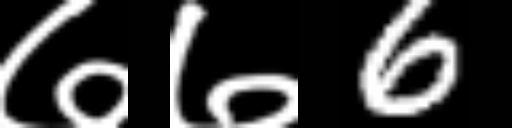
Text: ७७6